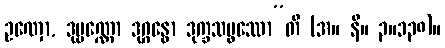
ဥဏှော, ဒုဗ္ဗဏ္ဏော ဒုဂ္ဂန္ဓော ဒုက္ခသမ္ဖဿော”တိ (အ။ နိ။ ၃။၁၃၈)။